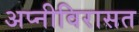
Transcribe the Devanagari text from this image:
अप्नीविरासत